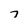
Character: 7